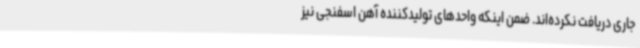
جاری دریافت نکرده‌اند. ضمن اینکه واحدهای تولیدکننده آهن اسفنجی نیز